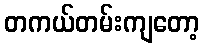
တကယ်တမ်းကျတော့